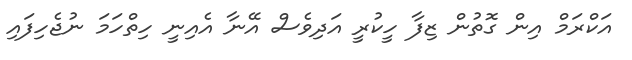
އަކްރަމް އިން ގޮތުން ޒިފާ ހީކުރީ އަދިވެސް އޭނާ އެއިނީ ހިތްހަމަ ނުޖެހިފައި